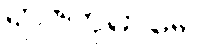
ရာဇကုမာရေ